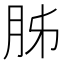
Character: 胏